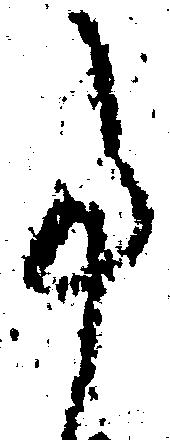
事